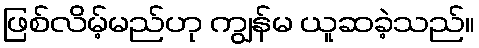
ဖြစ်လိမ့်မည်ဟု ကျွန်မ ယူဆခဲ့သည်။